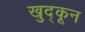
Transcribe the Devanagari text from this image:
खुद्कून